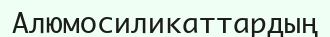
Алюмосиликаттардың